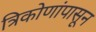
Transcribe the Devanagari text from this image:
त्रिकोणांपासून